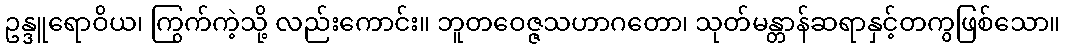
ဥန္ဒူရောဝိယ၊ ကြွက်ကဲ့သို့ လည်းကောင်း။ ဘူတဝေဇ္ဇသဟာဂတော၊ သုတ်မန္တာန်ဆရာနှင့်တကွဖြစ်သော။